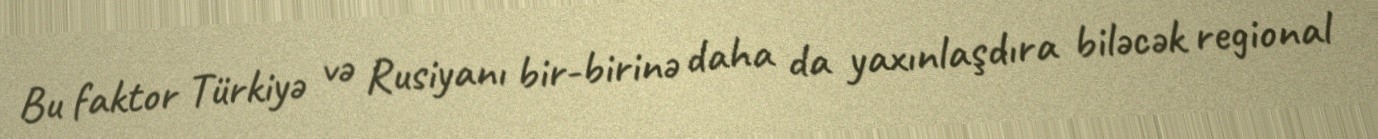
Bu faktor Türkiyə və Rusiyanı bir-birinə daha da yaxınlaşdıra biləcək regional